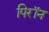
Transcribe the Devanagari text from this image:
पिरॉन